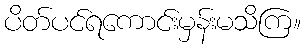
ပိတ်ပင်ရကောင်းမှန်းမသိကြ။